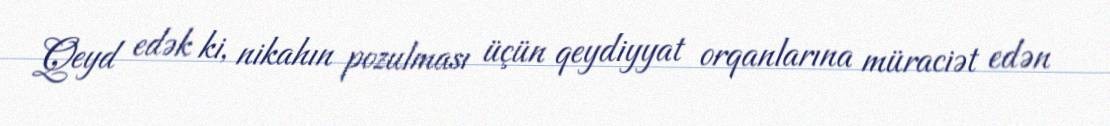
Qeyd edək ki, nikahın pozulması üçün qeydiyyat orqanlarına müraciət edən